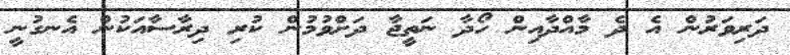
ދަރިވަރުން އެ ދެ މާއްދާއިން ހޯދާ ނަތީޖާ ދަށްވުމުން ކުރި ދިރާސާއަކުން އެނގުނީ